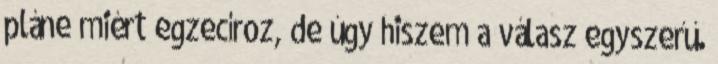
pláne miért egzecíroz, de úgy hiszem a válasz egyszerű.